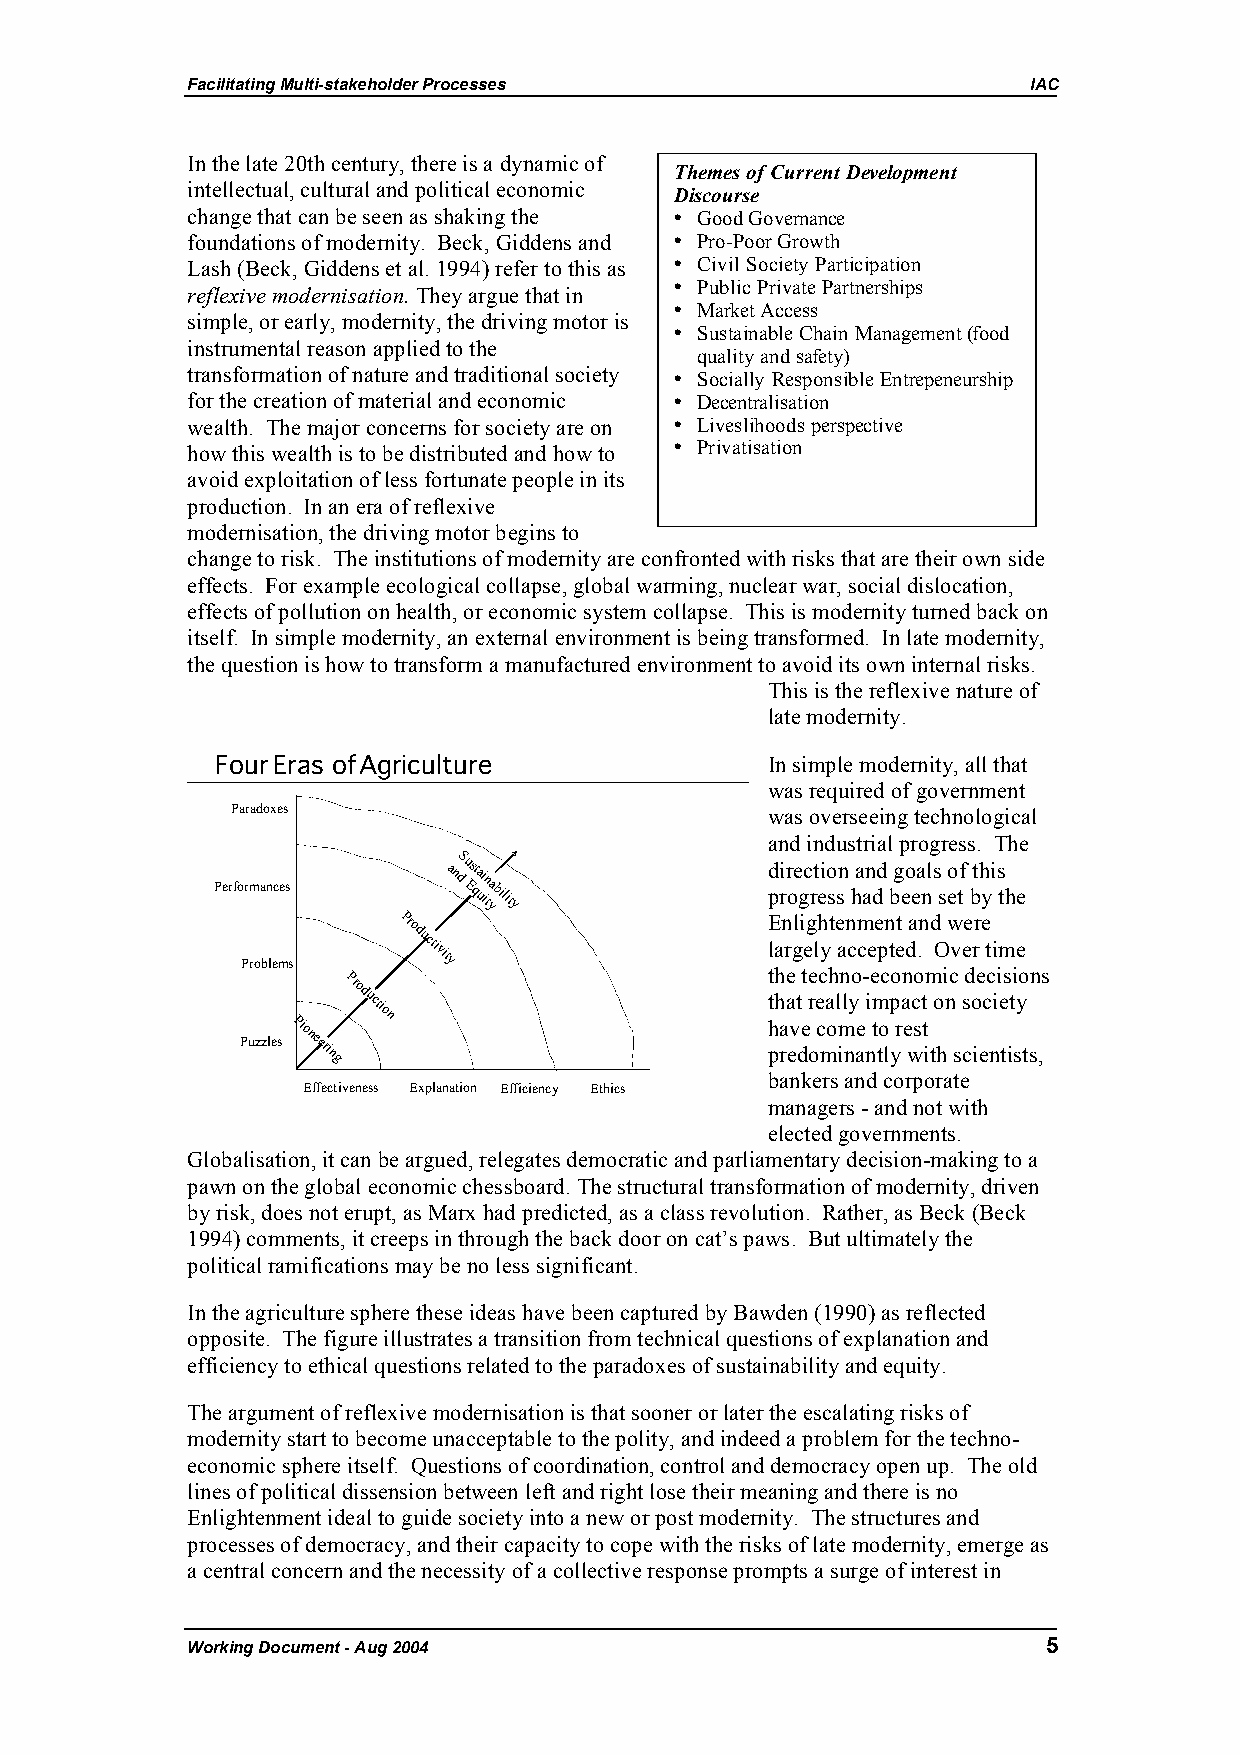
Facilitating Multi-stakeholder Processes                IAC
 In the late 20th century, there is a dynamic of
 Themes of Current Development
 intellectual, cultural and political economic
 Discourse
 change that can be seen as shaking the • Good Governance
 foundations of modernity. Beck, Giddens and • Pro-Poor Growth
 Lash (Beck, Giddens et al. 1994) refer to this as • Civil Society Participation
 reflexive modernisation. They argue that in • Public Private Partnerships
 • Market Access
 simple, or early, modernity, the driving motor is
 • Sustainable Chain Management (food
 instrumental reason applied to the
 quality and safety)
 transformation of nature and traditional society • Socially Responsible Entrepeneurship
 for the creation of material and economic • Decentralisation
 wealth. The major concerns for society are on • Liveslihoods perspective
 how this wealth is to be distributed and how to • Privatisation
 avoid exploitation of less fortunate people in its
 production. In an era of reflexive
 modernisation, the driving motor begins to
 change to risk. The institutions of modernity are confronted with risks that are their own side
 effects. For example ecological collapse, global warming, nuclear war, social dislocation,
 effects of pollution on health, or economic system collapse. This is modernity turned back on
 itself. In simple modernity, an external environment is being transformed. In late modernity,
 the question is how to transform a manufactured environment to avoid its own internal risks.
 This is the reflexive nature of
 late modernity.
 FourEras of Agriculture              In simple modernity, all that
 was required of government
 Paradoxes                           was overseeing technological
 and industrial progress. The
 Performances
 andS u Es qta
 ui in tyability
 d pi rr oe gc rt eio ssn ha an dd bg eo ea nls
 s
 o etf bth yi s
 th e
 Problems
 Productivity             E lan rgli eg lh yt e an cm cee pn tet da .n d
 O
 w vee rr e
 t ime
 the techno-economic decisions
 Production
 that really impact on society
 Puzzles
 Pioneering                      h pa rev de
 o
 c mo im nae
 n
 t to
 l
 yr e wst
 i th scientists,
 bankers and corporate
 Effectiveness Explanation Efficiency Ethics
 managers - and not with
 elected governments.
 Globalisation, it can be argued, relegates democratic and parliamentary decision-making to a
 pawn on the global economic chessboard. The structural transformation of modernity, driven
 by risk, does not erupt, as Marx had predicted, as a class revolution. Rather, as Beck (Beck
 1994) comments, it creeps in through the back door on cat’s paws. But ultimately the
 political ramifications may be no less significant.
 In the agriculture sphere these ideas have been captured by Bawden (1990) as reflected
 opposite. The figure illustrates a transition from technical questions of explanation and
 efficiency to ethical questions related to the paradoxes of sustainability and equity.
 The argument of reflexive modernisation is that sooner or later the escalating risks of
 modernity start to become unacceptable to the polity, and indeed a problem for the techno-
 economic sphere itself. Questions of coordination, control and democracy open up. The old
 lines of political dissension between left and right lose their meaning and there is no
 Enlightenment ideal to guide society into a new or post modernity. The structures and
 processes of democracy, and their capacity to cope with the risks of late modernity, emerge as
 a central concern and the necessity of a collective response prompts a surge of interest in
 Working Document - Aug 2004                              5